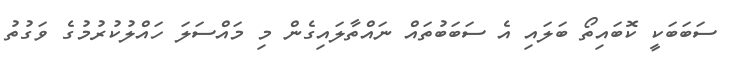
ސަބަބަކީ ކޮބައިތޯ ބަލައި އެ ސަބަބުތައް ނައްތާލައިގެން މި މައްސަލަ ހައްލުކުރުމުގެ ވަގުތު